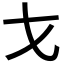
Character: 𭠍